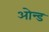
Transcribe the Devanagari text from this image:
ओन्ड